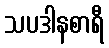
သပဒါနစာရီ